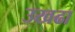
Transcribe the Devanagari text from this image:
उखढा